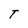
Character: T